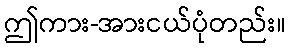
ဤကား-အားငယ်ပုံတည်း။